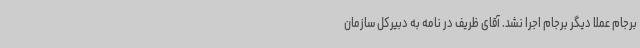
برجام عملا دیگر برجام اجرا نشد. آقای ظریف در نامه به دبیرکل سازمان